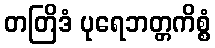
တတြိဒံ ပုရေဘတ္တကိစ္စံ